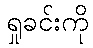
ရှုခင်းကို